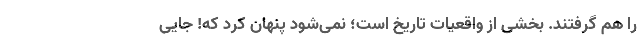
را هم گرفتند. بخشی از واقعیات تاریخ است؛ نمی‌شود پنهان کرد که! جایی